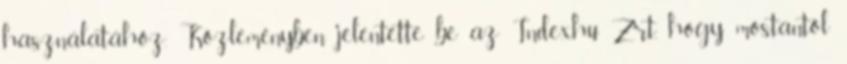
használatához. Közleményben jelentette be az Index.hu Zrt., hogy mostantól